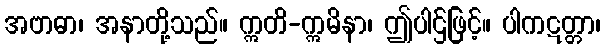
အဗာဓာ၊ အနာတို့သည်။ ဣတိ-ဣမိနာ၊ ဤပါဌ်ဖြင့်။ ပါကဋတ္တာ၊